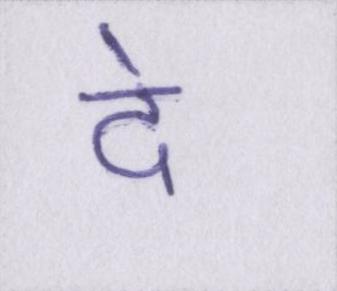
दे